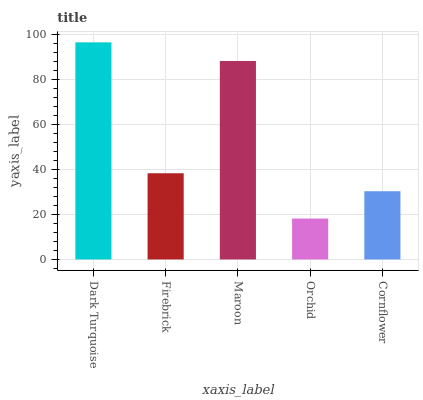
| xaxis_label | bars |
 | --- | --- |
 | Dark Turquoise | 96.6 |
 | Firebrick | 38.4 |
 | Maroon | 88.3 |
 | Orchid | 18.2 |
 | Cornflower | 30.4 |